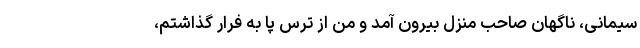
سیمانی، ناگهان صاحب منزل بیرون آمد و من از ترس پا به فرار گذاشتم،